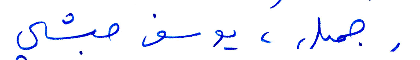
جميل، يوسف حبشي